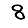
Digit: 8